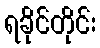
ရခိုင်တိုင်း